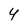
Character: 4